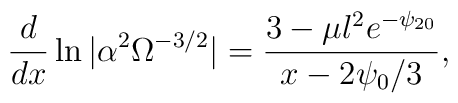
\frac{d}{dx} \ln | \alpha^2 \Omega^{-3/2} | = \frac{3-\mu l^2 e^{-\psi_{20}}}{x-2 \psi_0 /3} ,